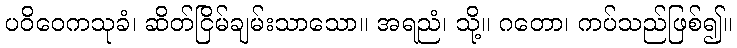
ပဝိဝေကသုခံ၊ ဆိတ်ငြိမ်ချမ်းသာသော။ အရညံ၊ သို့။ ဂတော၊ ကပ်သည်ဖြစ်၍။